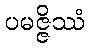
ပမဇ္ဇိဿံ